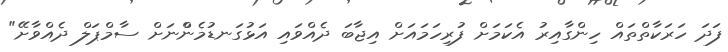
ފަދަ ހަރަކާތްތައް ހިންގާއިރު އެކަމަށް ފުރިހަމައަށް އިޖާބަ ދެއްވައި އަޅުގަނޑުމެންްނަށް ސާމްޕަލް ދެއްވާށޭ"